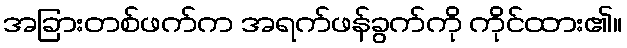
အခြားတစ်ဖက်က အရက်ဖန်ခွက်ကို ကိုင်ထား၏။